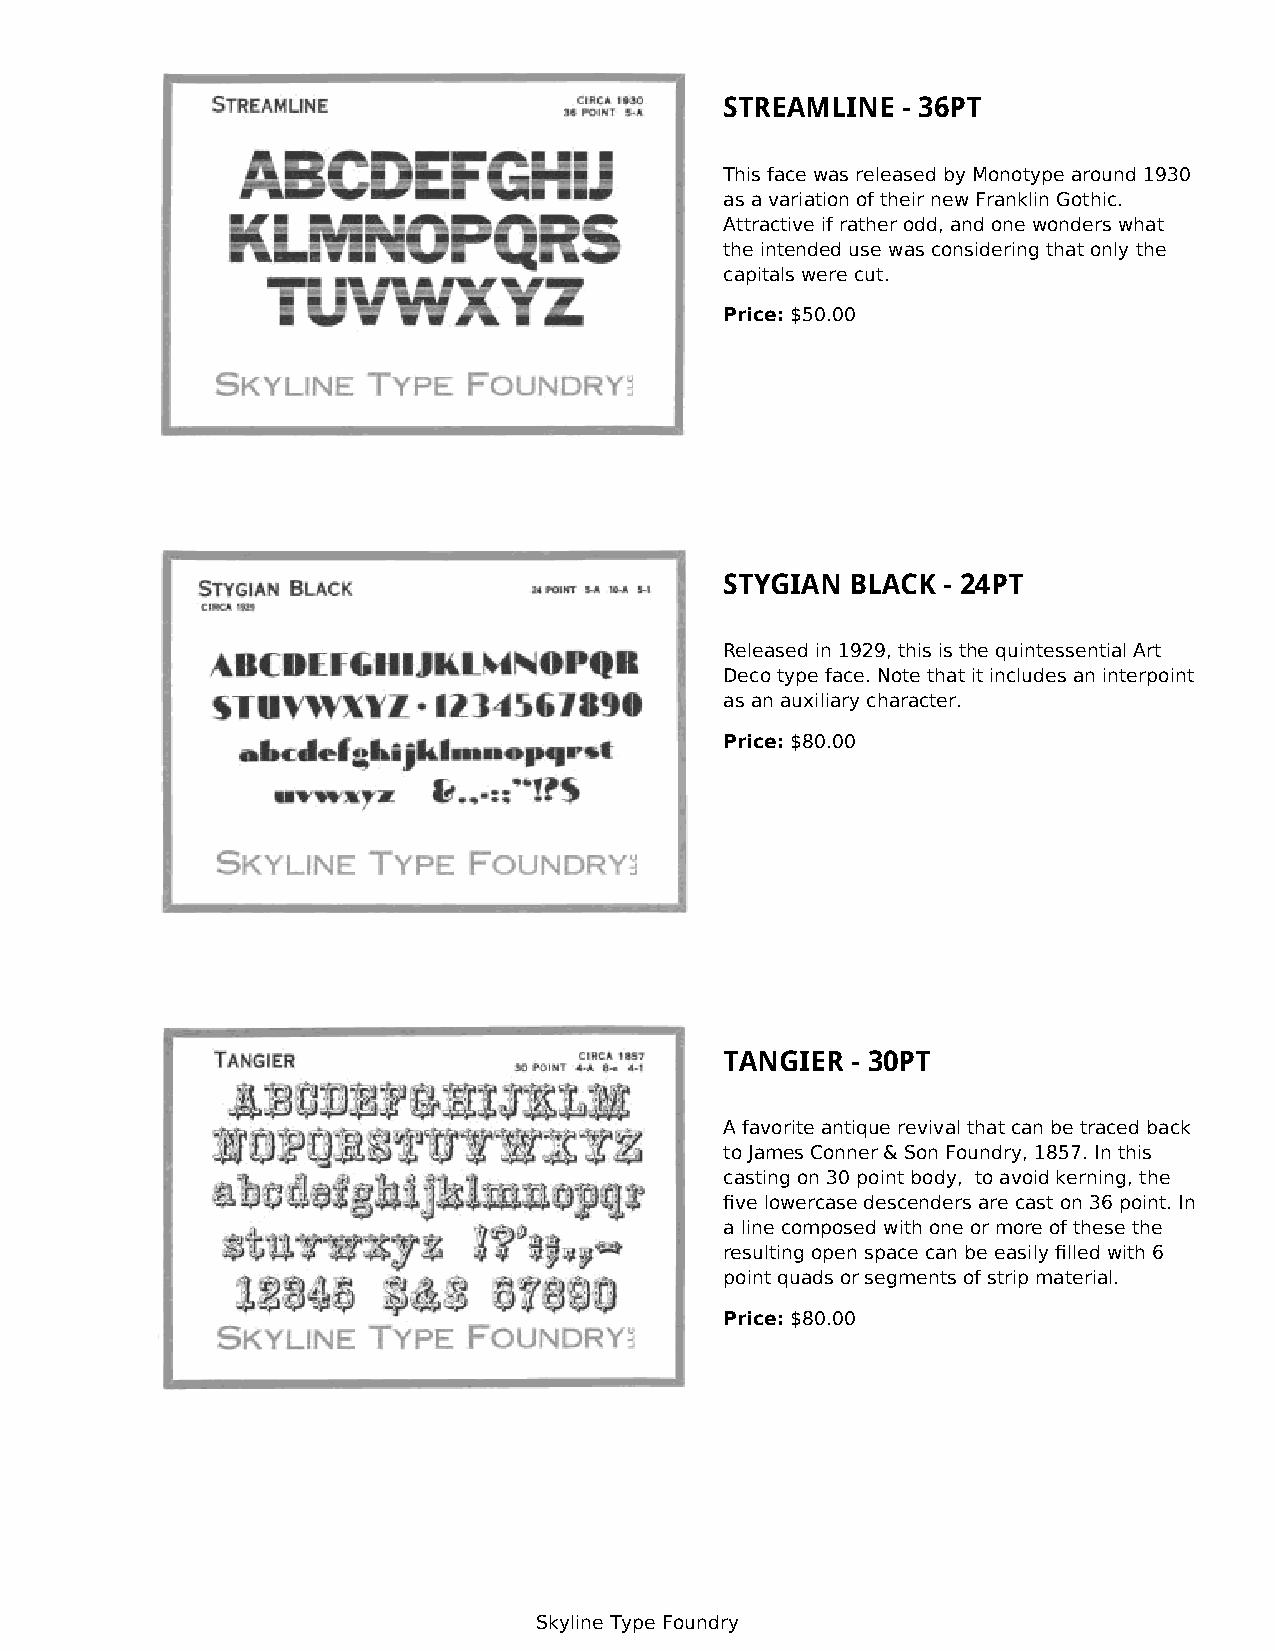
STREAMLINE  - 36PT
 This face was released by Monotype around 1930
 as a variation of their new Franklin Gothic.
 Attractive if rather odd, and one wonders what
 the intended use was considering that only the
 capitals were cut.
 Price: $50.00
 STYGIAN BLACK - 24PT
 Released in 1929, this is the quintessential Art
 Deco type face. Note that it includes an interpoint
 as an auxiliary character.
 Price: $80.00
 TANGIER - 30PT
 A favorite antique revival that can be traced back
 to James Conner & Son Foundry, 1857. In this
 casting on 30 point body, to avoid kerning, the
 five lowercase descenders are cast on 36 point. In
 a line composed with one or more of these the
 resulting open space can be easily filled with 6
 point quads or segments of strip material.
 Price: $80.00
 Skyline Type Foundry